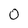
Character: 0